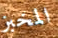
المخبز